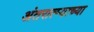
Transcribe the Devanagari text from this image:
अंतरात्म्याच्या